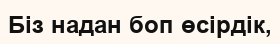
Біз надан боп өсірдік,